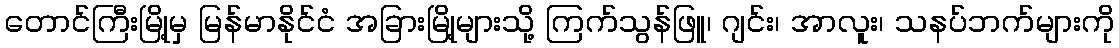
တောင်ကြီးမြို့မှ မြန်မာနိုင်ငံ အခြားမြို့များသို့ ကြက်သွန်ဖြူ၊ ဂျင်း၊ အာလူး၊ သနပ်ဘက်များကို